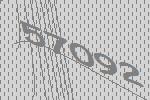
57092